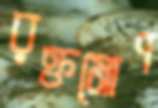
রক্তমোণ